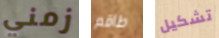
زمني طاقم تشكيل